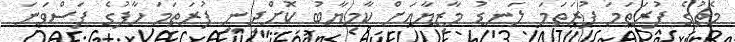
މެޗުގެ ފުރަތަމަ ފުރަތަމަ ލަނޑު މާޒިޔާއަށް ކާމިޔާބު ކޮށްދިނީ ފުރަތަމަ ހާފުގެ ފަސްވަނަ